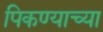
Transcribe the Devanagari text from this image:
पिकण्याच्या